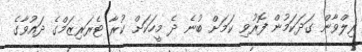
ރިލްވާން ގަދަކަމުން ފޮރުވި ކަމަށް ބުނެ ދެ މީހަކަށް ކުރާ ޓެރަރިޒަމްގެ ދައުވާގެ